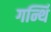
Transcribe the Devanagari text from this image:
गर्न्थि